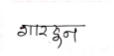
मजकूर: गारदुन